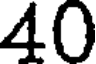
40